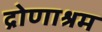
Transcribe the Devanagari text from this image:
द्रोणाश्रम